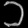
Digit: ၁